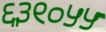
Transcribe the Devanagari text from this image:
६३९०५५